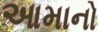
આમાનો